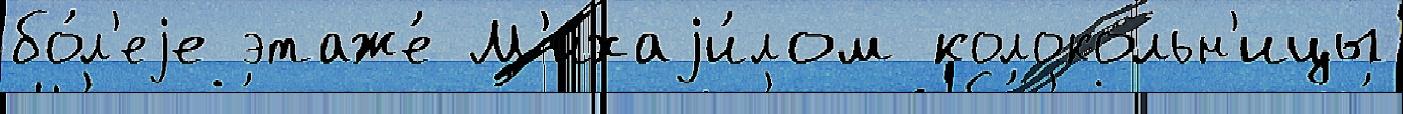
бо́л'еjе этаже́ М'ихаjи́лом колокольн'ицы